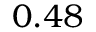
0 . 4 8